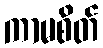
ကာမစိတ်